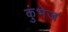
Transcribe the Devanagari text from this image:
कुंभेज